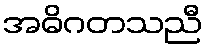
အဓိဂတသညီ